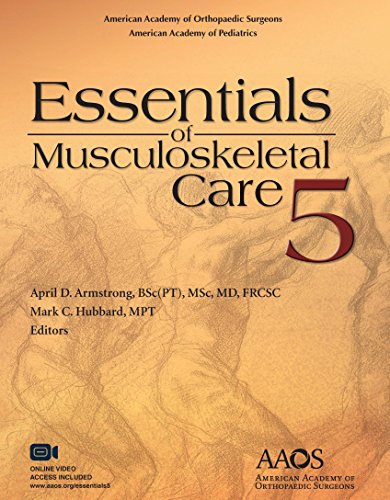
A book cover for Essentials of Musculoskeletal Care, 5th Edition; American Academy of Orthopaedic Surgeons; Medical Books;